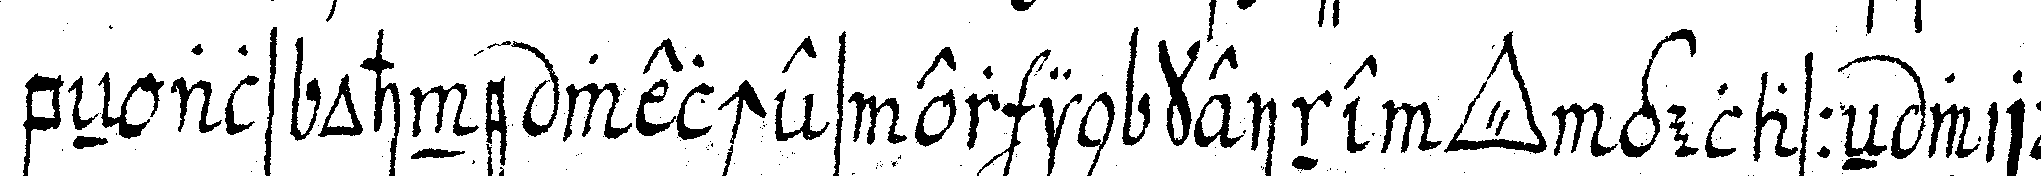
beN als ohne welches er in keine *tri..* gelasseN wird